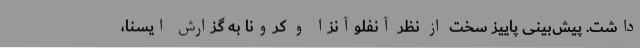
داشت. پیش‌بینی پاییز سخت از نظر آنفلوآنزا و کرونا به گزارش ایسنا،